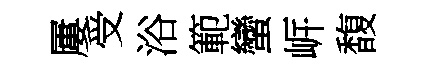
屢受浴範蠻㟁馥